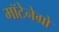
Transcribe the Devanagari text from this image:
मॉटेनेग्रो